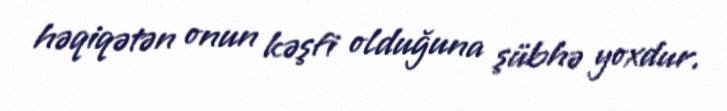
həqiqətən onun kəşfi olduğuna şübhə yoxdur.